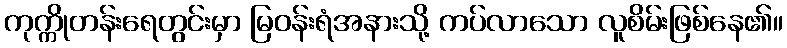
ကုက္ကိုတန်းရေတွင်းမှာ မြဝန်းရံအနားသို့ ကပ်လာသော လူစိမ်းဖြစ်နေ၏။